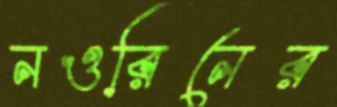
নওরিনের